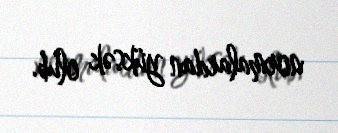
normalardan yüksək olub.